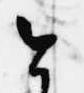
今